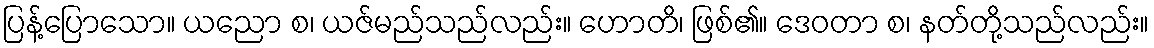
ပြန့်ပြောသော။ ယညော စ၊ ယဇ်မည်သည်လည်း။ ဟောတိ၊ ဖြစ်၏။ ဒေဝတာ စ၊ နတ်တို့သည်လည်း။